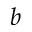
b